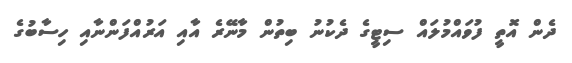
ދެން އޮތީ ފުވައްމުލައް ސިޓީގެ ދެކުނު ބިތުން މާނޭރެ އާއި އަރުއްފަންނާއި ހިސާބުގެ